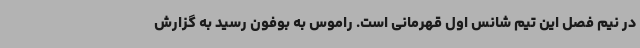
در نیم فصل این تیم شانس اول قهرمانی است. راموس به بوفون رسید به گزارش